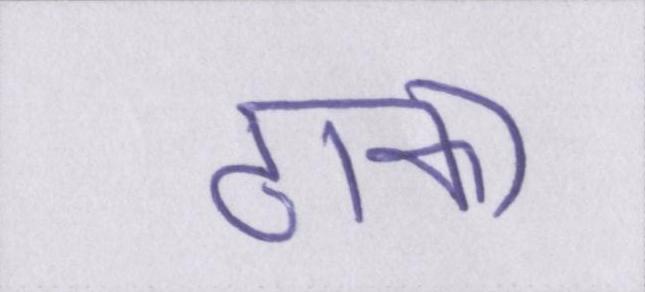
ढाका